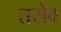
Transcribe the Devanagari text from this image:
तसेव